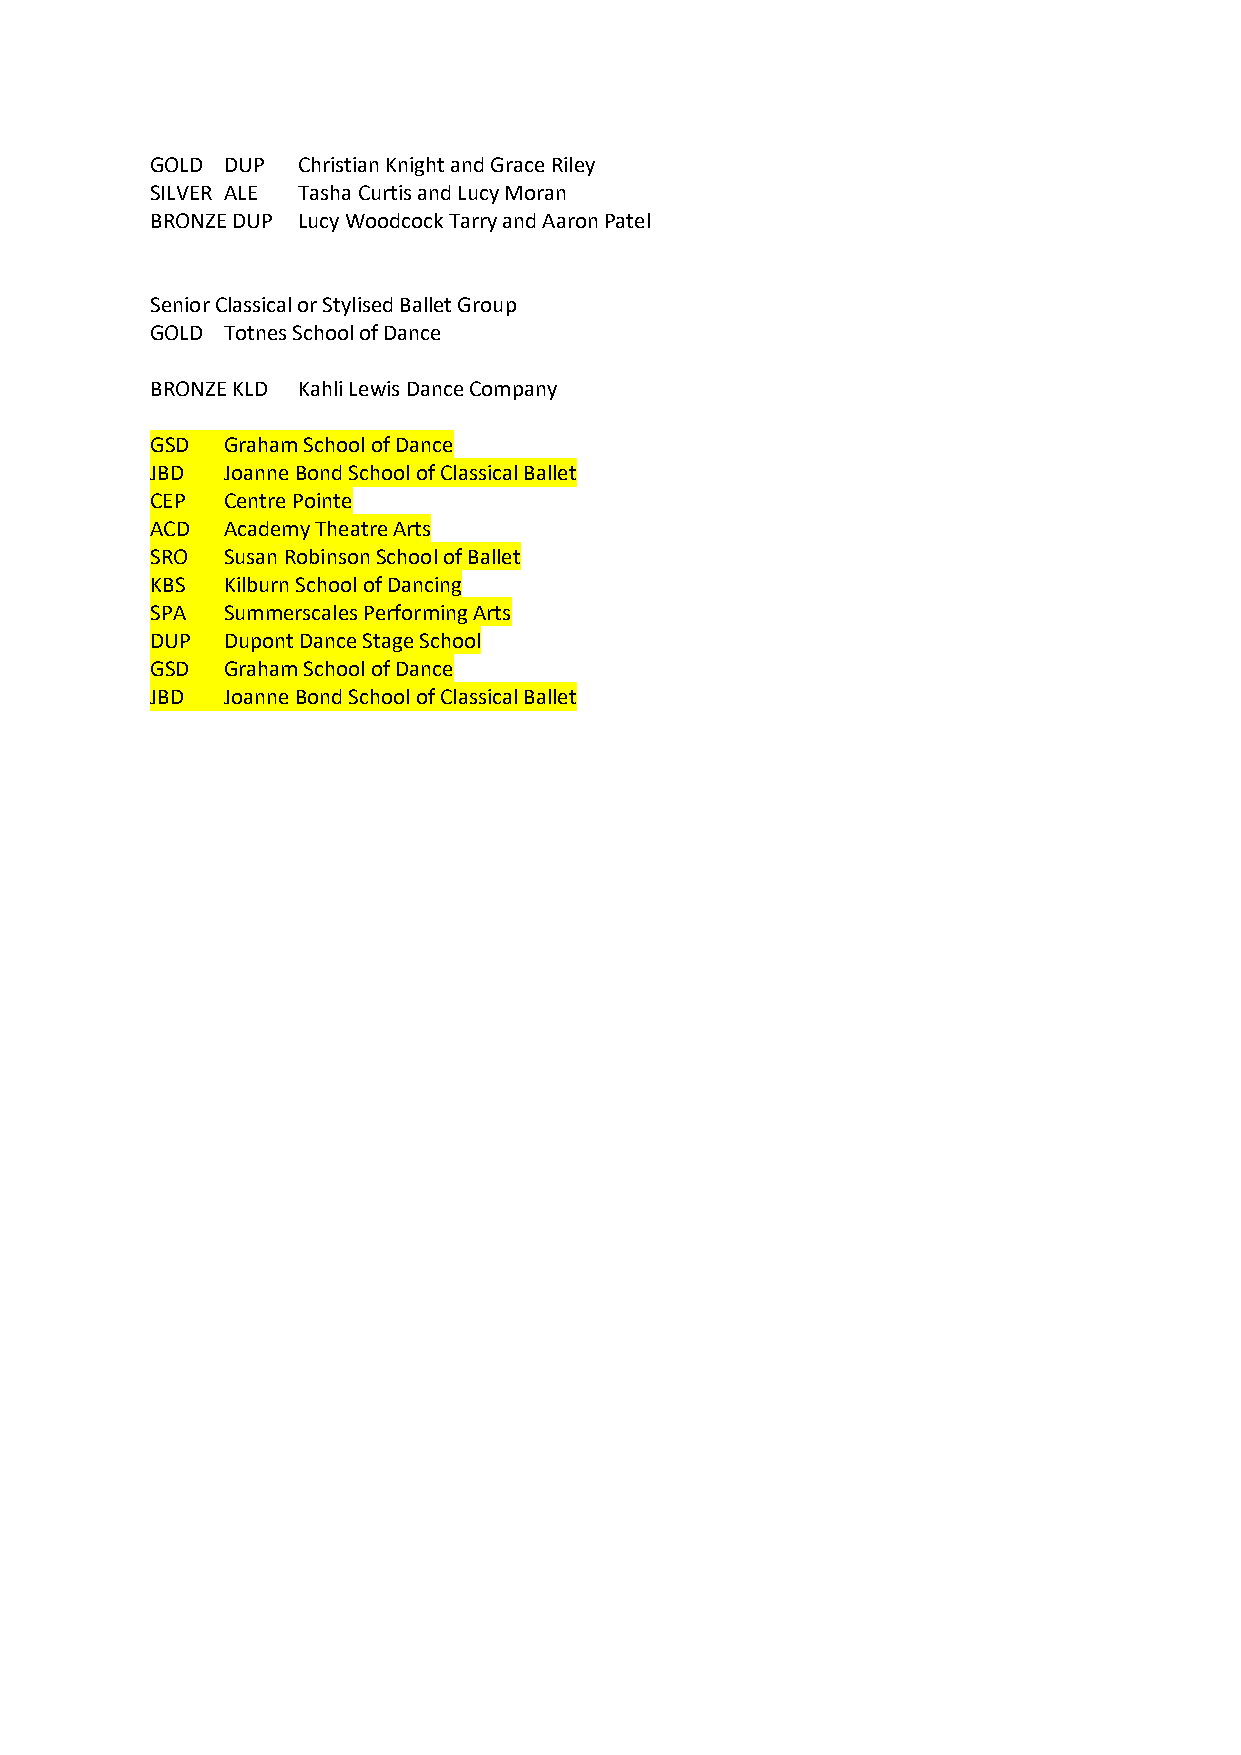
GOLD DUP  Christian Knight and Grace Riley
 SILVER ALE Tasha Curtis and Lucy Moran
 BRONZE DUP Lucy Woodcock Tarry and Aaron Patel
 Senior Classical or Stylised Ballet Group
 GOLD Totnes School of Dance
 BRONZE KLD Kahli Lewis Dance Company
 GSD  Graham School of Dance
 JBD  Joanne Bond School of Classical Ballet
 CEP  Centre Pointe
 ACD  Academy Theatre Arts
 SRO  Susan Robinson School of Ballet
 KBS  Kilburn School of Dancing
 SPA  Summerscales Performing Arts
 DUP  Dupont Dance Stage School
 GSD  Graham School of Dance
 JBD  Joanne Bond School of Classical Ballet